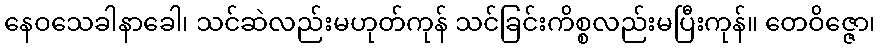
နေဝသေခါနာခေါ၊ သင်ဆဲလည်းမဟုတ်ကုန် သင်ခြင်းကိစ္စလည်းမပြီးကုန်။ တေဝိဇ္ဇော၊